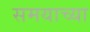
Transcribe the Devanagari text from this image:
समयाच्या